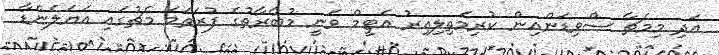
އަދި މިމެޗާ ސްވިޑަންއިން ކުރިމަތިލިއިރު އެޓީމް ވަނީ މުބާރާތުގެ ފުރަތަމަ މެޗުގައި އަޔަލެންޑާ